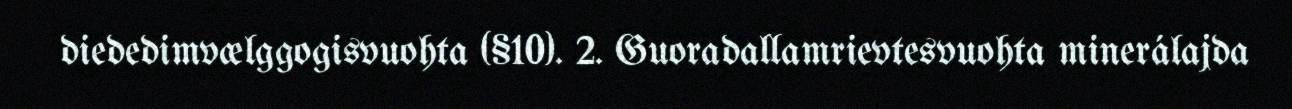
diededimvælggogisvuohta (§10). 2. Guoradallamrievtesvuohta minerálajda